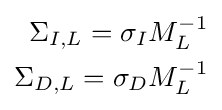
{\begin{aligned}\Sigma _{I,L}=\sigma _{I}M_{L}^{-1}\\\Sigma _{D,L}=\sigma _{D}M_{L}^{-1}\end{aligned}}